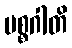
မစ္စဂါတိ